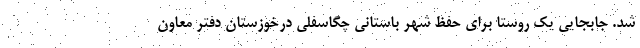
شد. جابجایی یک روستا برای حفظ شهر باستانی چگاسفلی درخوزستان دفتر معاون